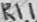
Text: R11